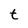
Character: t